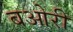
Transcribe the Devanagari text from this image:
बओरी